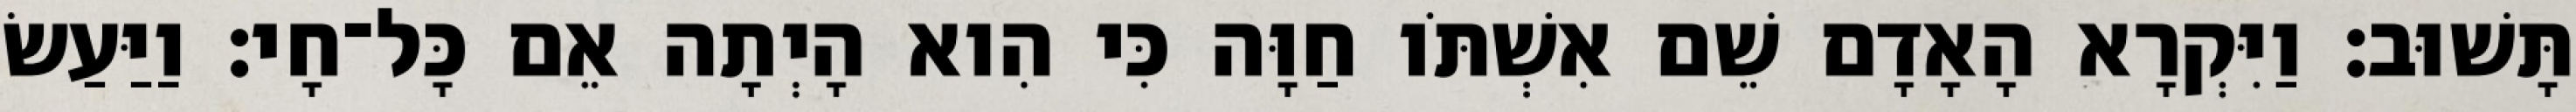
תָּשׁוּב׃ וַיִּקְרָא הָאָדָם שֵׁם אִשְׁתֹּו חַוָּה כִּי הִוא הָיְתָה אֵם כָּל־חָי׃ וַיַּעַשׂ